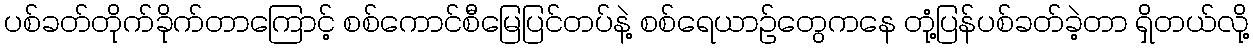
ပစ်ခတ်တိုက်ခိုက်တာကြောင့် စစ်ကောင်စီမြေပြင်တပ်နဲ့ စစ်ရေယာဉ်တွေကနေ တုံ့ပြန်ပစ်ခတ်ခဲ့တာ ရှိတယ်လို့